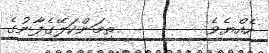
ހެއްޔެވެ         ތިމަންކަލޭގެފާނުގެ